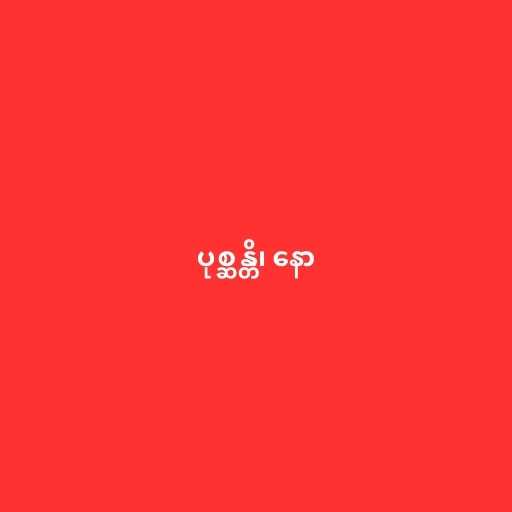
ပုစ္ဆန္တိ၊ နော